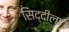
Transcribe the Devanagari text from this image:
सिद्दीला